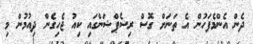
ދެން އެންމެފަހުން އެ ތަނަށް ގޮސް ރިސެޕްޝަންގައި ކިއު ޖެހިގެން ދިއުމުން މި